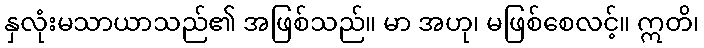
နှလုံးမသာယာသည်၏ အဖြစ်သည်။ မာ အဟု၊ မဖြစ်စေလင့်။ ဣတိ၊